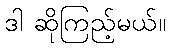
ဒါ ဆိုကြည့်မယ်။